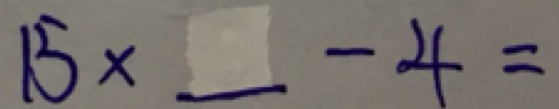
1 5 \times - 4 =